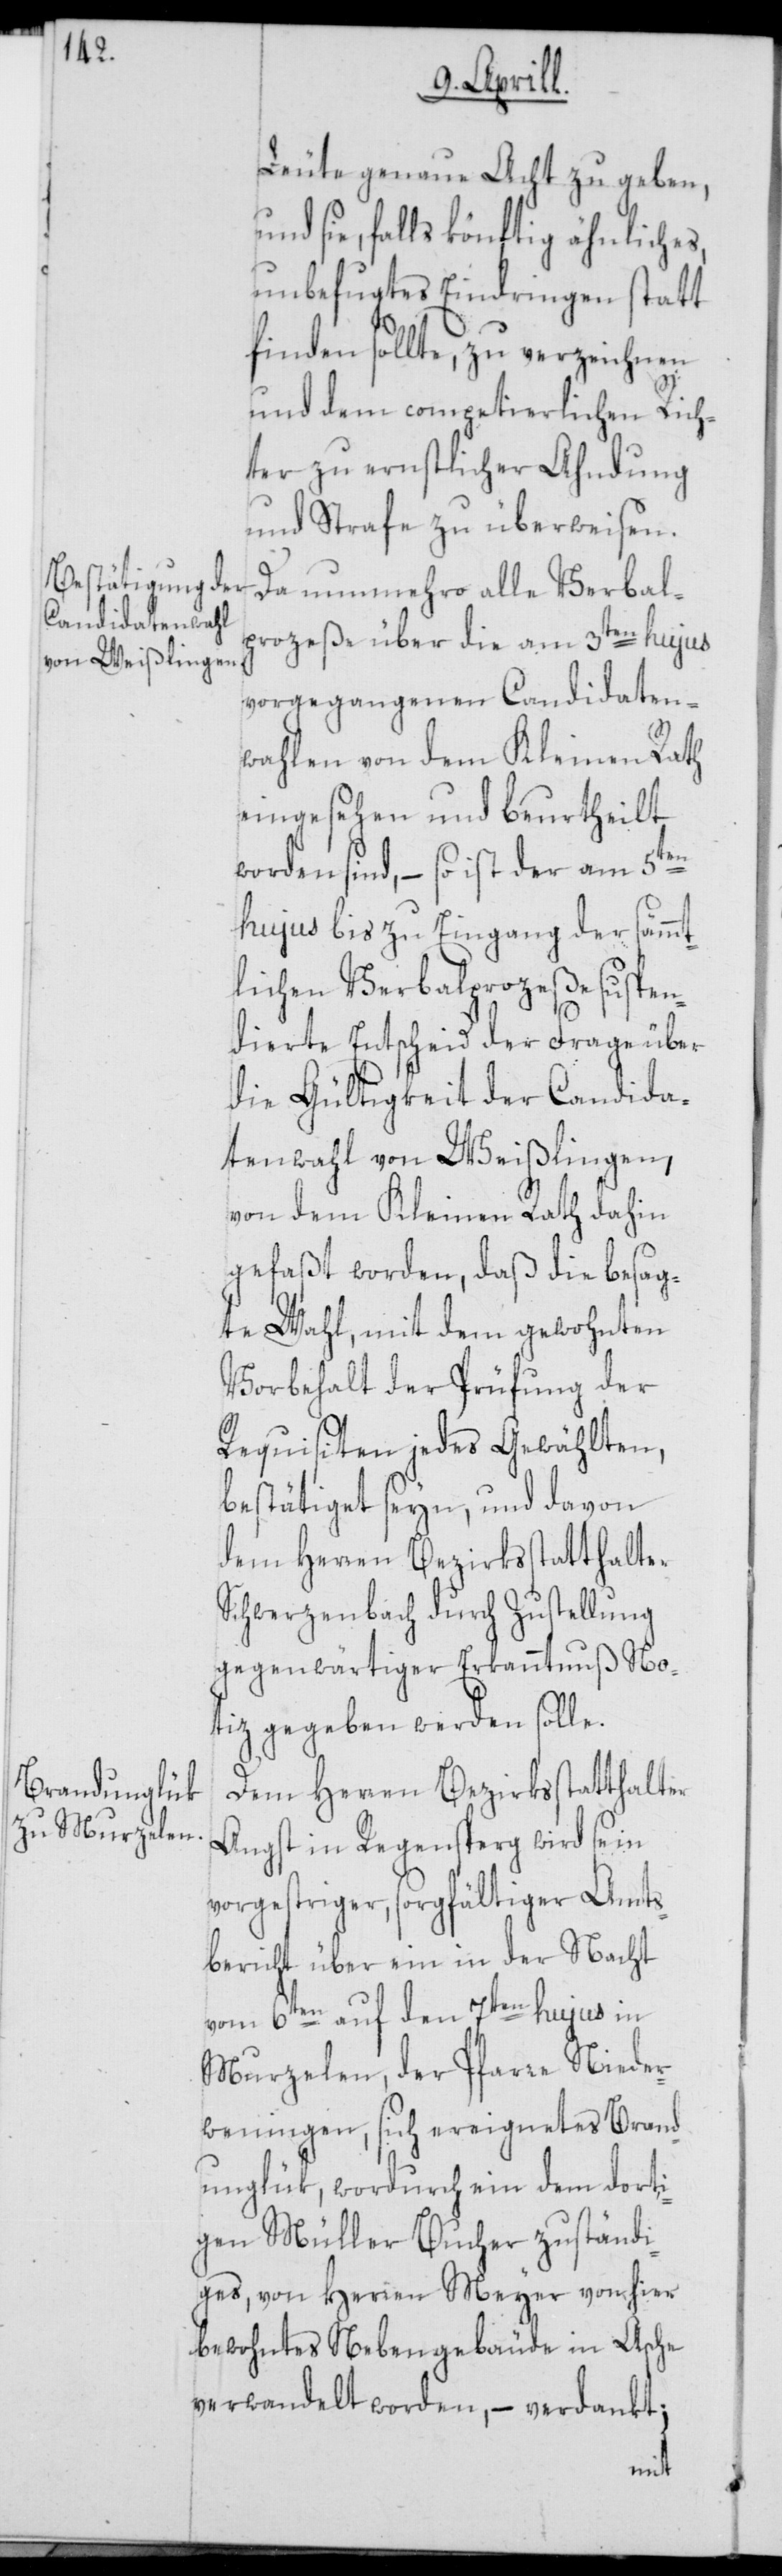
Leute genaue Acht zu geben,
und sie, falls könftig ähnliches,
unbefugtes Eindringen statt
finden sollte, zu verzeichnen
und dem competierlichen Rich¬
ter zu ernstlicher Ahndung
und Strafe zu überweisen.
Da nunmehro alle Verbal¬
prozeße über die am 3ten hujus
vorgegangenen Candidaten¬
wahlen von dem Kleinen Rath
eingesehen und beurtheilt
worden sind, – so ist der am 5ten
hujus bis zu Eingang der sämmt¬
lichen Verbalprozeße suspen¬
dierte Entscheid der Frage über
die Gültigkeit der Candida¬
tenwahl von Weißlingen,
von dem Kleinen Rath dahin
gefaßt worden, daß die besag¬
te Wahl, mit dem gewohnten
Vorbehalt der Prüfung der
Requisiten jedes Gewählten,
bestätiget seyn, und davon
dem Herren Bezirksstatthalter
Schwerzenbach durch Zustellung
gegenwärtiger Erkanntnuß No¬
tiz gegeben werden solle.
Dem Herren Bezirksstatthalter
Angst in Regensperg wird seyn
vorgestriger, sorgfältiger Amts¬
bericht über ein in der Nacht
vom 6ten auf den 7ten hujus in
Murzelen, der Pfarre Nieder¬
weningen, sich ereignetes Brand¬
unglük, wodurch ein dem dorti¬
gen Müller Bucher zuständi¬
ges, von Herren Meyer von hier
bewohntes Nebengebäude in Asche
verwandelt worden, – verdankt;